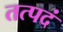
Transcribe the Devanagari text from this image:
तत्पदं